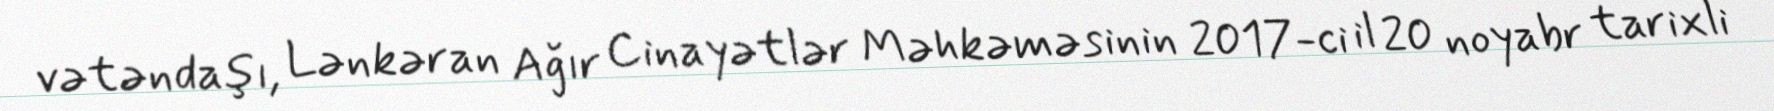
vətəndaşı, Lənkəran Ağır Cinayətlər Məhkəməsinin 2017-ci il 20 noyabr tarixli